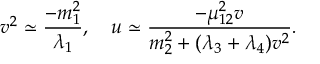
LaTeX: v ^ { 2 } \simeq { \frac { - m _ { 1 } ^ { 2 } } { \lambda _ { 1 } } } , ~ ~ ~ u \simeq { \frac { - \mu _ { 1 2 } ^ { 2 } v } { m _ { 2 } ^ { 2 } + ( \lambda _ { 3 } + \lambda _ { 4 } ) v ^ { 2 } } } .